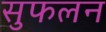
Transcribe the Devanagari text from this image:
सुफलन